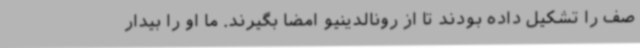
صف را تشکیل داده بودند تا از رونالدینیو امضا بگیرند. ما او را بیدار